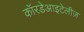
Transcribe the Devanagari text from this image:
कॉरडेआइटेलीज़